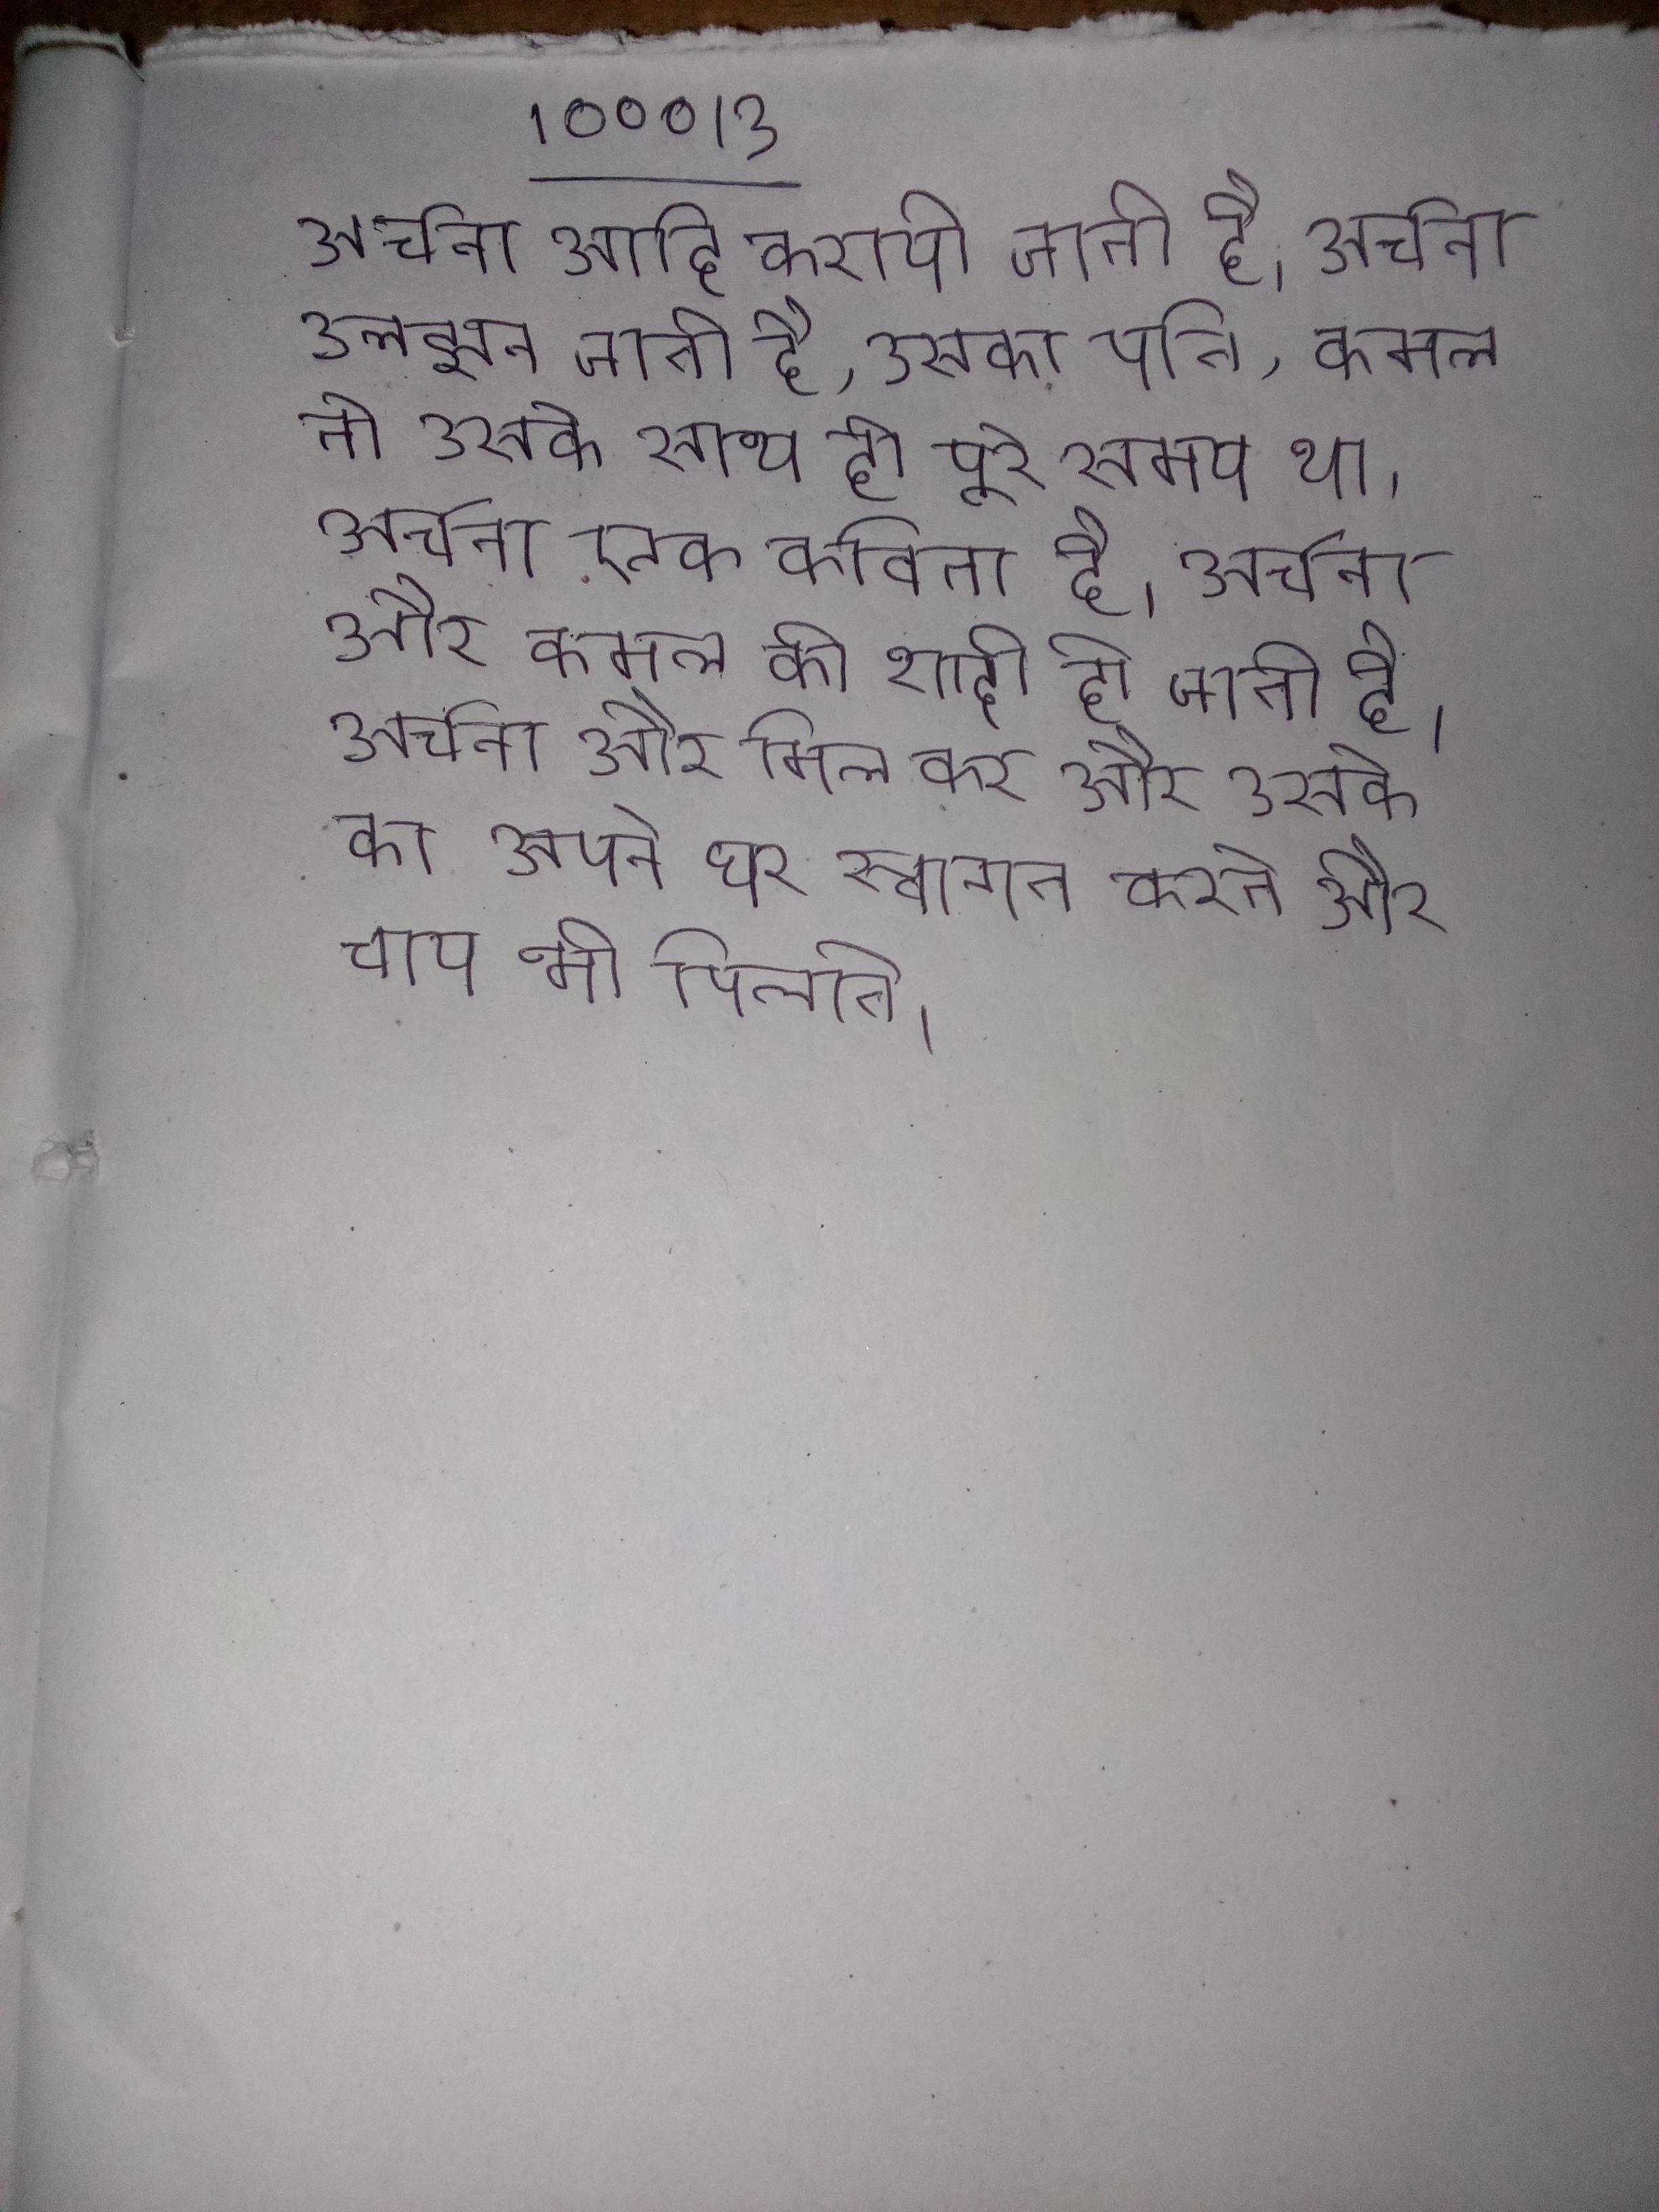
अर्चना आदि करायी जाती है । अर्चना उलझन जाती है, उसका पति, कमल तो उसके साथ ही पूरे समय था । अर्चना एक कविता है । अर्चना और कमल की शादी हो जाती है । अर्चना और मिल कर और उसके का अपने घर स्वागत करते और चाय भी पिलाते ।